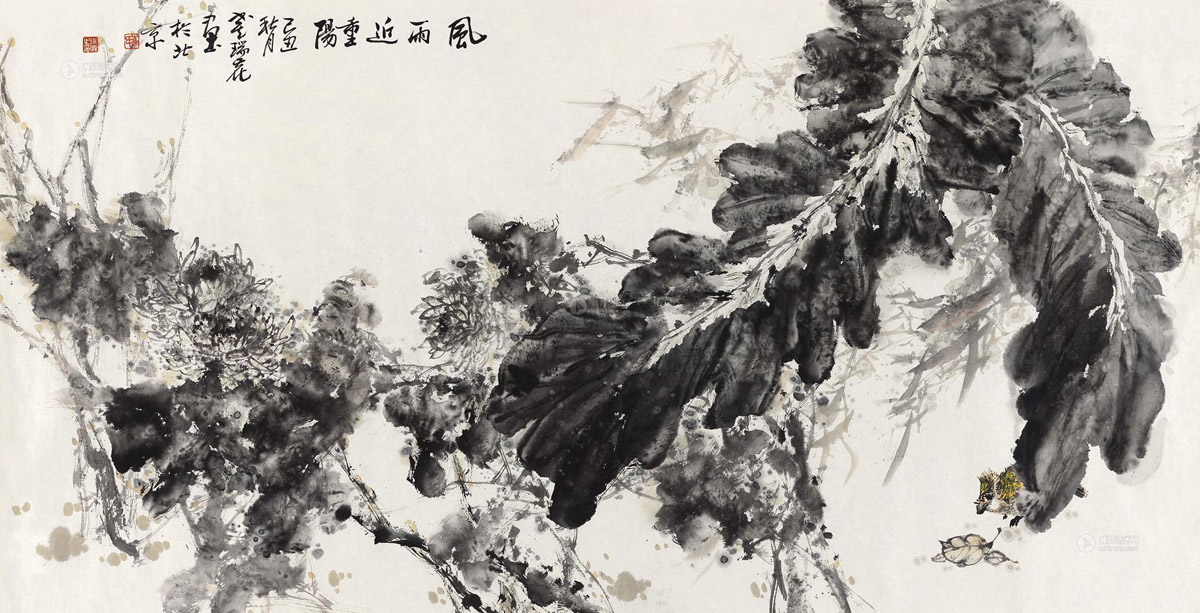
近重阳偏多风雨，绝怜此日暄明。